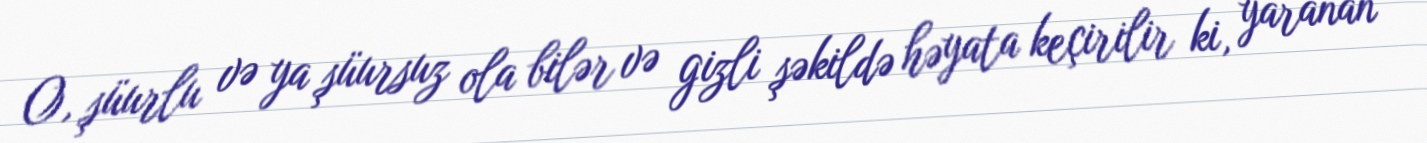
O, şüurlu və ya şüursuz ola bilər və gizli şəkildə həyata keçirilir ki, yaranan